Insane asylums in Bengal annual reports 1876-1887 - 1876-1887
Year: 1876
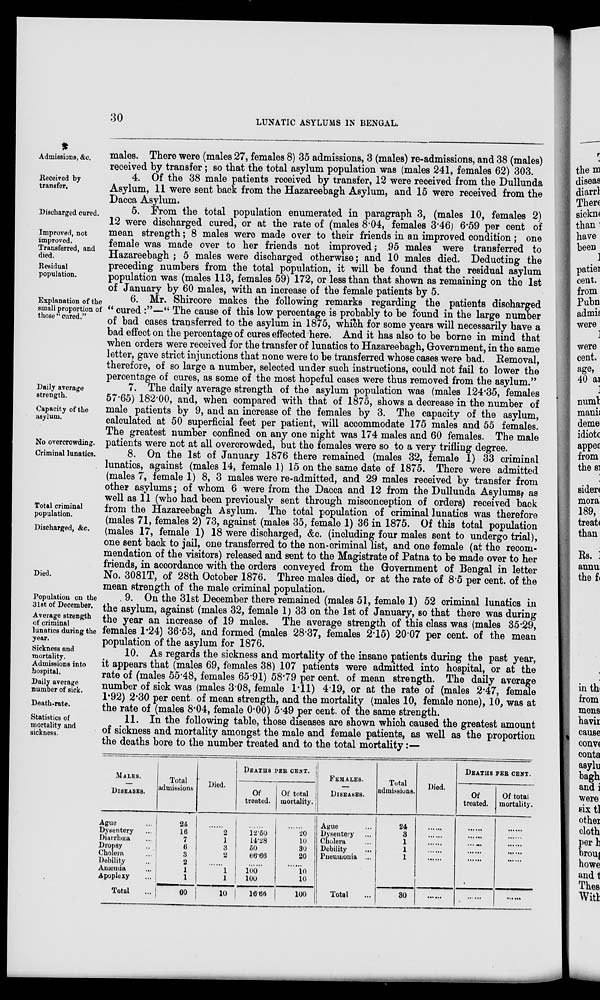
30
LUNATIC ASYLUMS IN BENGAL.
Admissions, &c.
males. There were (males 27, females 8) 35 admissions, 3 (males) re-admissions, and 38 (males)
received by transfer; so that the total asylum population was (males 241, females 62) 303.
Received by
transfer.
4. Of the 38 male patients received by transfer, 12 were received from the Dullunda
Asylum, 11 were sent back from the Hazareebagh Asylum, and 15 were received from the
Dacca Asylum.
Discharged cured.
Improved, not
improved.
Transferred, and
died.
Residual
population.
5. From the total population enumerated in paragraph 3, (males 10, females 2)
12 were discharged cured, or at the rate of (males 8.04, females 3.46) 6.59 per cent of
mean strength; 8 males were made over to their friends in an improved condition; one
female was made over to her friends not improved; 95 males were transferred to
Hazareebagh ; 5 males were discharged otherwise; and 10 males died. Deducting the
preceding numbers from the total population, it will be found that the residual asylum
population was (males 113, females 59) 172, or less than that shown as remaining on the 1st
of January by 60 males, with an increase of the female patients by 5.
Explanation of the
small proportion of
those “cured.”
6. Mr. Shircore makes the following remarks regarding the patients discharged
“ cured :”—“ The cause of this low percentage is probably to be found in the large number
of bad cases transferred to the asylum in 1875, which for some years will necessarily have a
bad effect on the percentage of cures effected here. And it has also to be borne in mind that
when orders were received for the transfer of lunatics to Hazareebagh, Government, in the same
letter, gave strict injunctions that none were to be transferred whose cases were bad. Removal,
therefore, of so large a number, selected under such instructions, could not fail to lower the
percentage of cures, as some of the most hopeful cases were thus removed from the asylum.”
Daily average
strength.
Capacity of the
asylum.
No overcrowding.
7. The daily average strength of the asylum population was (males 124.35, females
57.65) 182.00, and, when compared with that of 1875, shows a decrease in the number of
male patients by 9, and an increase of the females by 3. The capacity of the asylum,
calculated at 50 superficial feet per patient, will accommodate 175 males and 55 females.
The greatest number confined on any one night was 174 males and 60 females. The male
patients were not at all overcrowded, but the females were so to a very trifling degree.
Criminal lunatics.
Total criminal
population.
Discharged, &c.
Died.
8. On the 1st of January 1876 there remained (males 32, female 1) 33 criminal
lunatics, against (males 14, female 1) 15 on the same date of 1875. There were admitted
(males 7, female 1) 8, 3 males were re-admitted, and 29 males received by transfer from
other asylums; of whom 6 were from the Dacca and 12 from the Dullunda Asylums, as
well as 11 (who had been previously sent through misconception of orders) received back
from the Hazareebagh Asylum. The total population of criminal lunatics was therefore
(males 71, females 2) 73, against (males 35, female 1) 36 in 1875. Of this total population
(males 17, female 1) 18 were discharged, &c. (including four males sent to undergo trial),
one sent back to jail, one transferred to the non-criminal list, and one female (at the recom-
mendation of the visitors) released and sent to the Magistrate of Patna to be made over to her
friends, in accordance with the orders conveyed from the Government of Bengal in letter
No. 3081T, of 28th October 1876. Three males died, or at the rate of 8.5 per cent. of the
mean strength of the male criminal population.
Population on the
31st of December.
Average strength
of criminal
lunatics during the
year.
9. On the 31st December there remained (males 51, female 1) 52 criminal lunatics in
the asylum, against (males 32, female 1) 33 on the 1st of January, so that there was during
the year an increase of 19 males. The average strength of this class was (males 35.29,
females 1.24) 36.53, and formed (males 28.37, females 2.15) 20.07 per cent. of the mean
population of the asylum for 1876.
Sickness and
mortality.
Admissions into
hospital.
Daily average
number of sick.
Death-rate.
10. As regards the sickness and mortality of the insane patients during the past year,
it appears that (males 69, females 38) 107 patients were admitted into hospital, or at the
rate of (males 55.48, females 65.91) 58.79 per cent. of mean strength. The daily average
number of sick was (males 3.08, female 1.11) 4.19, or at the rate of (males 2.47, female
1.92) 2.30 per cent. of mean strength, and the mortality (males 10, female none), 10, was at
the rate of (males 8.04, female 0.00) 5.49 per cent. of the same strength.
Statistics of
mortality and
sickness.
11. In the following table, those diseases are shown which caused the greatest amount
of sickness and mortality amongst the male and female patients, as well as the proportion
the deaths bore to the number treated and to the total mortality:—
MALES.
DISEASES.
Ague ...
Dysentery ...
Diarrhœa ...
Dropsy ...
Cholera ...
Debility ...
Anæmia ...
Apoplexy ...
Total ...
Total
admissions
24
16
7
6
3
2
1
1
60
Died.
......
2
1
3
2
......
1
1
10
DEATHS PER CENT.
Of
treated.
......
12.50
14.28
50
66.66
......
100
100
16.66
Of total
mortality.
......
20
10
30
20
......
10
10
100
FEMALES.
DISEASES.
Ague ...
Dysentery ...
Cholera ...
Debility ...
Pneumonia ...
Total
Total
admissions.
24
3
1
1
1
30
Died.
......
......
......
......
......
......
DEATHS PER CENT.
Of
treated.
......
......
......
......
......
......
Of total
mortality.
......
......
......
......
......
......